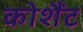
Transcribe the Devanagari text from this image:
कोशैंट